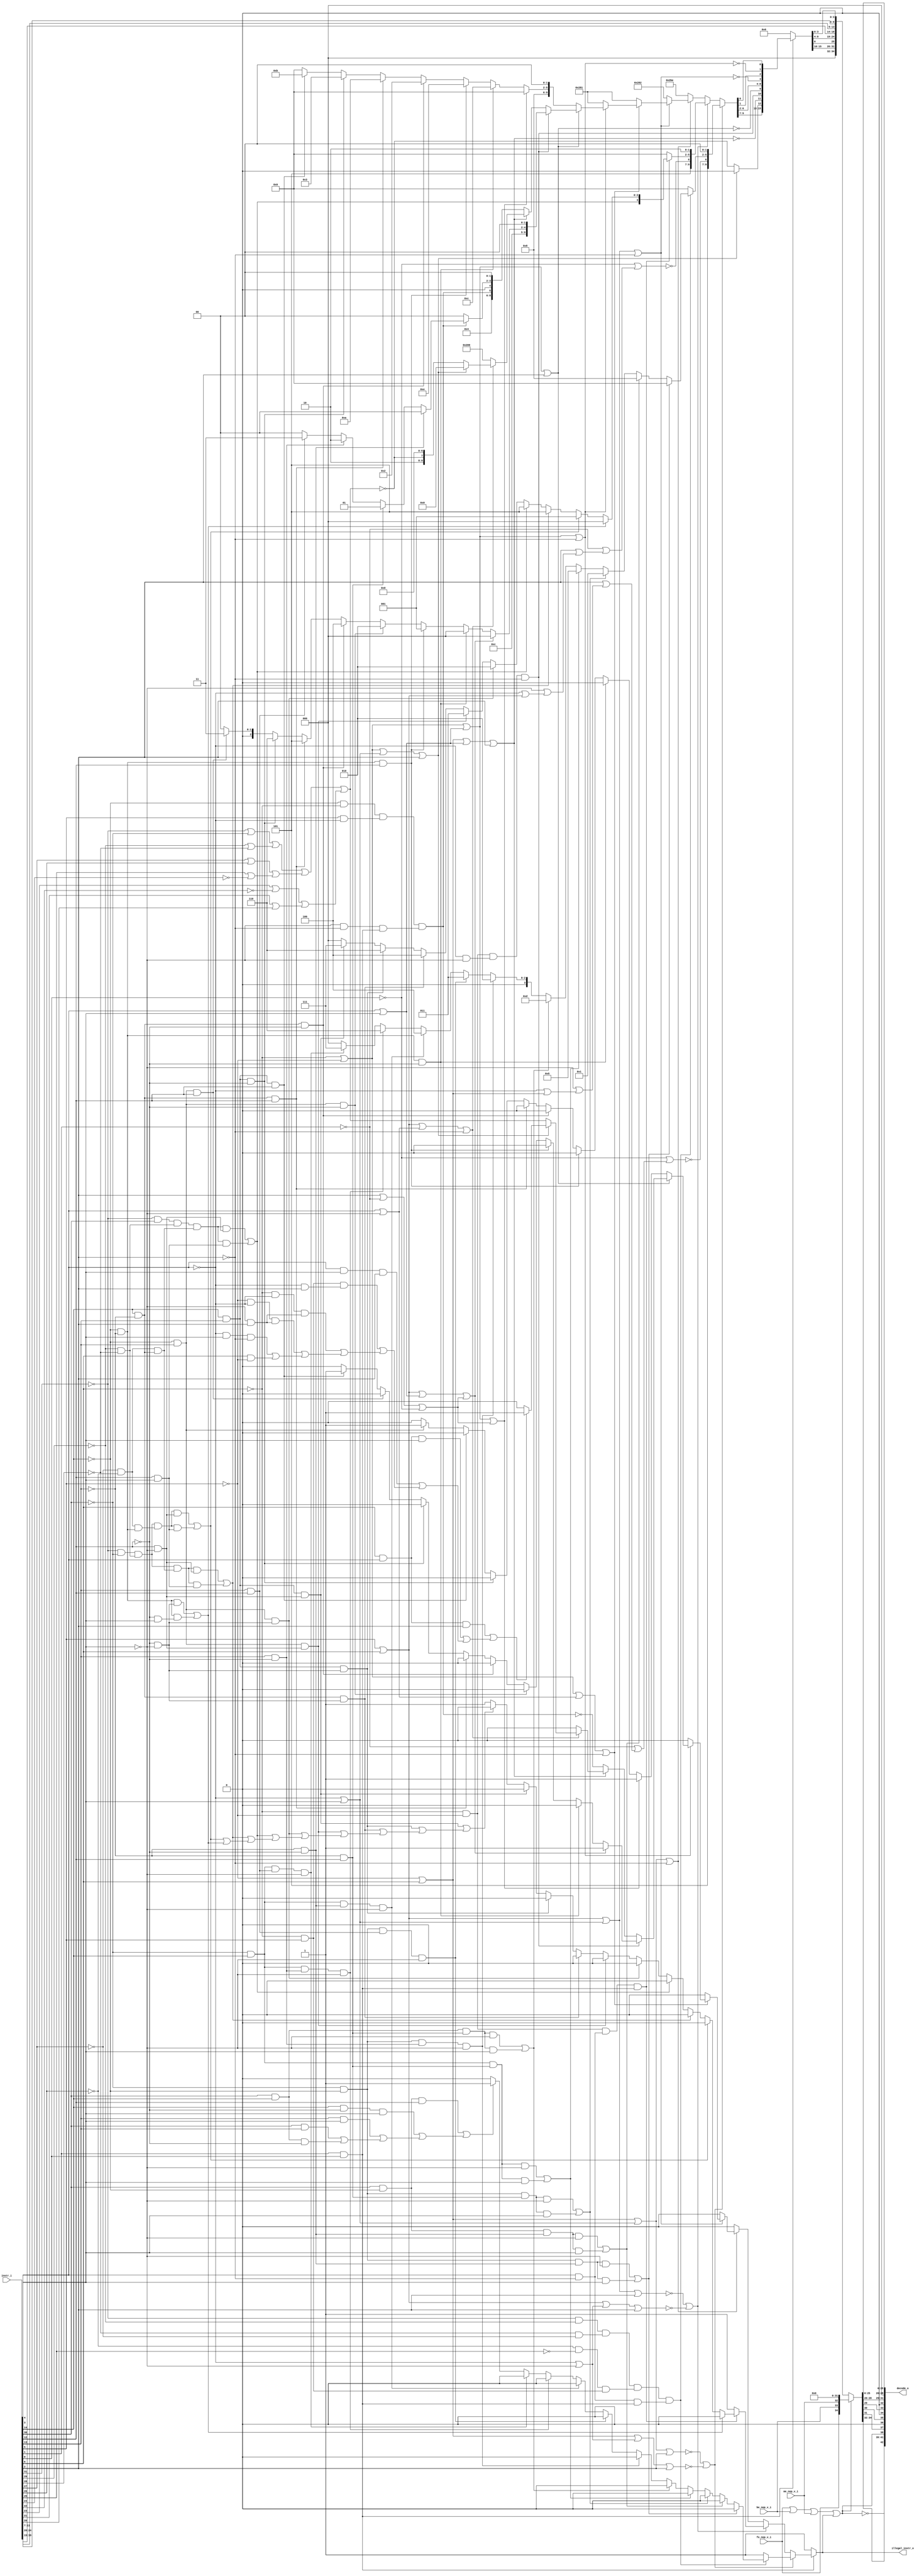
// This program was cloned from: https://github.com/NYU-MLDA/OpenABC
// License: BSD 3-Clause "New" or "Revised" License

module bp_be_instr_decoder
(
  instr_i,
  fe_nop_v_i,
  be_nop_v_i,
  me_nop_v_i,
  decode_o,
  illegal_instr_o
);

  input [31:0] instr_i;
  output [42:0] decode_o;
  input fe_nop_v_i;
  input be_nop_v_i;
  input me_nop_v_i;
  output illegal_instr_o;
  wire [42:0] decode_o;
  wire illegal_instr_o,N0,N1,N2,N3,N4,N5,N6,N7,N8,N9,N10,N11,N12,N13,N14,N15,N16,N17,
  N18,N19,N20,N21,N22,N23,N24,N25,N26,N27,N28,N29,N30,N31,N32,N33,N34,N35,N36,N37,
  N38,N39,N40,N41,N42,N43,N44,N45,N46,N47,N48,N49,N50,N51,N52,N53,N54,N55,N56,N57,
  N58,N59,N60,N61,N62,N63,N64,N65,N66,N67,N68,N69,N70,N71,N72,N73,N74,N75,N76,N77,
  N78,N79,N80,N81,N82,N83,N84,N85,N86,N87,N88,N89,N90,N91,N92,N93,N94,N95,N96,N97,
  N98,N99,N100,N101,N102,N103,N104,N105,N106,N107,N108,N109,N110,N111,N112,N113,
  N114,N115,N116,N117,N118,N119,N120,N121,N122,N123,N124,N125,N126,N127,N128,N129,
  N130,N131,N132,N133,N134,N135,N136,N137,N138,N139,N140,N141,N142,N143,N144,N145,
  N146,N147,N148,N149,N150,N151,N152,N153,N154,N155,N156,N157,N158,N159,N160,N161,
  N162,N163,N164,N165,N166,N167,N168,N169,N170,N171,N172,N173,N174,N175,N176,N177,
  N178,N179,N180,N181,N182,N183,N184,N185,N186,N187,N188,N189,N190,N191,N192,N193,
  N194,N195,N196,N197,N198,N199,N200,N201,N202,N203,N204,N205,N206,N207,N208,N209,
  N210,N211,N212,N213,N214,N215,N216,N217,N218,N219,N220,N221,N222,N223,N224,N225,
  N226,N227,N228,N229,N230,N231,N232,N233,N234,N235,N236,N237,N238,N239,N240,N241,
  N242,N243,N244,N245,N246,N247,N248,N249,N250,N251,N252,N253,N254,N255,N256,N257,
  N258,N259,N260,N261,N262,N263,N264,N265,N266,N267,N268,N269,N270,N271,N272,N273,
  N274,N275,N276,N277,N278,N279,N280,N281,N282,N283,N284,N285,N286,N287,N288,N289,
  N290,N291,N292,N293,N294,N295,N296,N297,N298,N299,N300,N301,N302,N303,N304,N305,
  N306,N307,N308,N309,N310,N311,N312,N313,N314,N315,N316,N317,N318,N319,N320,N321,
  N322,N323,N324,N325,N326,N327,N328,N329,N330,N331,N332,N333,N334,N335,N336,N337,
  N338,N339,N340,N341,N342,N343,N344,N345,N346,N347,N348,N349,N350,N351,N352,N353,
  N354,N355,N356,N357,N358,N359,N360,N361,N362,N363,N364,N365,N366,N367,N368,N369,
  N370,N371,N372;
  assign decode_o[26] = 1'b0;
  assign decode_o[27] = 1'b0;
  assign decode_o[28] = 1'b0;
  assign decode_o[32] = 1'b0;
  assign decode_o[34] = 1'b0;
  assign decode_o[36] = 1'b0;
  assign N54 = instr_i[1] & instr_i[0];
  assign N56 = instr_i[6] | N339;
  assign N57 = N340 | instr_i[3];
  assign N58 = N56 | N57;
  assign N59 = N58 | instr_i[2];
  assign N60 = N340 | N341;
  assign N61 = N56 | N60;
  assign N62 = N61 | instr_i[2];
  assign N64 = instr_i[6] | instr_i[5];
  assign N65 = N64 | N57;
  assign N66 = N65 | instr_i[2];
  assign N67 = N64 | N60;
  assign N68 = N67 | instr_i[2];
  assign N70 = N58 | N86;
  assign N72 = N65 | N86;
  assign N74 = N85 | N339;
  assign N75 = instr_i[4] | N341;
  assign N76 = N74 | N75;
  assign N77 = N76 | N86;
  assign N79 = instr_i[4] | instr_i[3];
  assign N80 = N74 | N79;
  assign N81 = N80 | N86;
  assign N83 = N80 | instr_i[2];
  assign N87 = N85 & N339;
  assign N88 = N340 & N341;
  assign N89 = N87 & N88;
  assign N90 = N89 & N86;
  assign N91 = N56 | N79;
  assign N92 = N91 | instr_i[2];
  assign N94 = N64 | N75;
  assign N95 = N94 | N86;
  assign N97 = N74 | N57;
  assign N98 = N97 | instr_i[2];
  assign N100 = instr_i[6] & instr_i[4];
  assign N101 = N100 & instr_i[2];
  assign N102 = N100 & instr_i[3];
  assign N103 = instr_i[4] & instr_i[3];
  assign N104 = N103 & instr_i[2];
  assign N105 = N85 & instr_i[5];
  assign N106 = N340 & instr_i[2];
  assign N107 = N105 & N106;
  assign N108 = N85 & N340;
  assign N109 = N341 & instr_i[2];
  assign N110 = N108 & N109;
  assign N111 = N339 & N340;
  assign N112 = N111 & N109;
  assign N113 = N340 & instr_i[3];
  assign N114 = N113 & N86;
  assign N115 = instr_i[6] & N339;
  assign N123 = N117 & N118;
  assign N124 = N119 & N120;
  assign N125 = N121 & N122;
  assign N126 = instr_i[4] & N86;
  assign N127 = N123 & N124;
  assign N128 = N125 & N105;
  assign N129 = N126 & N54;
  assign N130 = N127 & N128;
  assign N131 = N130 & N129;
  assign N133 = N154 & N285;
  assign N134 = N133 & N341;
  assign N135 = N133 & instr_i[3];
  assign N137 = N166 & N285;
  assign N138 = N137 & N341;
  assign N139 = N137 & instr_i[3];
  assign N141 = N154 & N286;
  assign N142 = N141 & N341;
  assign N143 = N141 & instr_i[3];
  assign N145 = N159 & N286;
  assign N146 = N145 & N341;
  assign N147 = N145 & instr_i[3];
  assign N149 = N172 & N286;
  assign N150 = N149 & N341;
  assign N151 = N149 & instr_i[3];
  assign N154 = N153 & N251;
  assign N155 = N154 & N287;
  assign N156 = N155 & N341;
  assign N157 = N154 & N288;
  assign N158 = N157 & N341;
  assign N159 = N153 & instr_i[14];
  assign N160 = N159 & N285;
  assign N161 = N160 & N341;
  assign N162 = N159 & N287;
  assign N163 = N162 & N341;
  assign N164 = N159 & N288;
  assign N165 = N164 & N341;
  assign N166 = instr_i[30] & N251;
  assign N167 = N166 & instr_i[12];
  assign N168 = instr_i[14] & N284;
  assign N169 = N168 & instr_i[3];
  assign N170 = instr_i[13] & instr_i[3];
  assign N171 = instr_i[30] & instr_i[13];
  assign N172 = instr_i[30] & instr_i[14];
  assign N173 = N172 & N284;
  assign N185 = N87 & N126;
  assign N186 = N185 & N54;
  assign N188 = N242 & N216;
  assign N189 = N284 & instr_i[3];
  assign N190 = N242 & N189;
  assign N192 = N205 & N242;
  assign N193 = N198 & N192;
  assign N194 = N193 & N218;
  assign N195 = N193 & N210;
  assign N197 = N117 & N153;
  assign N198 = N197 & N204;
  assign N199 = N198 & N207;
  assign N200 = N199 & N218;
  assign N201 = N199 & N210;
  assign N203 = N117 & instr_i[30];
  assign N204 = N118 & N119;
  assign N205 = N120 & N121;
  assign N206 = N203 & N204;
  assign N207 = N205 & N245;
  assign N208 = N206 & N207;
  assign N209 = N208 & N218;
  assign N210 = instr_i[12] & instr_i[3];
  assign N211 = N208 & N210;
  assign N213 = N252 & N216;
  assign N214 = N252 & N218;
  assign N215 = N245 & N216;
  assign N216 = N284 & N341;
  assign N217 = N248 & N216;
  assign N218 = instr_i[12] & N341;
  assign N219 = N248 & N218;
  assign N238 = instr_i[2] | N342;
  assign N239 = N238 | N343;
  assign N240 = N80 | N239;
  assign N242 = N251 & N283;
  assign N243 = N242 & N284;
  assign N244 = N242 & instr_i[12];
  assign N245 = instr_i[14] & N283;
  assign N246 = N245 & N284;
  assign N247 = N245 & instr_i[12];
  assign N248 = instr_i[14] & instr_i[13];
  assign N249 = N248 & N284;
  assign N250 = N248 & instr_i[12];
  assign N252 = N251 & instr_i[13];
  assign N263 = N64 | N79;
  assign N264 = N263 | N239;
  assign N266 = N252 & N284;
  assign N267 = N252 & instr_i[12];
  assign N276 = N251 & N85;
  assign N277 = instr_i[5] & N340;
  assign N278 = N341 & N86;
  assign N279 = N276 & N277;
  assign N280 = N278 & N54;
  assign N281 = N279 & N280;
  assign N285 = N283 & N284;
  assign N286 = N283 & instr_i[12];
  assign N287 = instr_i[13] & N284;
  assign N288 = instr_i[13] & instr_i[12];
  assign N296 = N117 | N153;
  assign N297 = N118 | N119;
  assign N298 = instr_i[27] | instr_i[26];
  assign N299 = instr_i[25] | N294;
  assign N300 = instr_i[23] | N295;
  assign N301 = instr_i[21] | instr_i[20];
  assign N302 = N296 | N297;
  assign N303 = N298 | N299;
  assign N304 = N300 | N301;
  assign N305 = N302 | N303;
  assign N306 = N305 | N304;
  assign N339 = ~instr_i[5];
  assign N340 = ~instr_i[4];
  assign N341 = ~instr_i[3];
  assign N342 = ~instr_i[1];
  assign N343 = ~instr_i[0];
  assign N344 = N339 | instr_i[6];
  assign N345 = N340 | N344;
  assign N346 = N341 | N345;
  assign N347 = instr_i[2] | N346;
  assign N348 = N342 | N347;
  assign N349 = N343 | N348;
  assign N350 = ~N349;
  assign N351 = instr_i[5] | instr_i[6];
  assign N352 = N340 | N351;
  assign N353 = N341 | N352;
  assign N354 = instr_i[2] | N353;
  assign N355 = N342 | N354;
  assign N356 = N343 | N355;
  assign N357 = ~N356;
  assign { N178, N177, N176, N175 } = (N0)? { 1'b0, 1'b0, 1'b0, 1'b0 } :
                                      (N1)? { 1'b1, 1'b0, 1'b0, 1'b0 } :
                                      (N2)? { 1'b0, 1'b0, 1'b0, 1'b1 } :
                                      (N3)? { 1'b0, 1'b1, 1'b0, 1'b1 } :
                                      (N4)? { 1'b1, 1'b1, 1'b0, 1'b1 } :
                                      (N5)? { 1'b0, 1'b0, 1'b1, 1'b0 } :
                                      (N6)? { 1'b0, 1'b0, 1'b1, 1'b1 } :
                                      (N7)? { 1'b0, 1'b1, 1'b0, 1'b0 } :
                                      (N8)? { 1'b0, 1'b1, 1'b1, 1'b0 } :
                                      (N9)? { 1'b0, 1'b1, 1'b1, 1'b1 } :
                                      (N10)? { 1'b0, 1'b0, 1'b0, 1'b0 } : 1'b0;
  assign N0 = N136;
  assign N1 = N140;
  assign N2 = N144;
  assign N3 = N148;
  assign N4 = N152;
  assign N5 = N156;
  assign N6 = N158;
  assign N7 = N161;
  assign N8 = N163;
  assign N9 = N165;
  assign N10 = N174;
  assign N179 = (N0)? 1'b0 :
                (N1)? 1'b0 :
                (N2)? 1'b0 :
                (N3)? 1'b0 :
                (N4)? 1'b0 :
                (N5)? 1'b0 :
                (N6)? 1'b0 :
                (N7)? 1'b0 :
                (N8)? 1'b0 :
                (N9)? 1'b0 :
                (N10)? 1'b1 : 1'b0;
  assign { N183, N182, N181, N180 } = (N11)? { N178, N177, N176, N175 } :
                                      (N132)? { 1'b0, 1'b0, 1'b0, 1'b0 } : 1'b0;
  assign N11 = N131;
  assign N184 = (N11)? N179 :
                (N132)? 1'b1 : 1'b0;
  assign { N231, N230, N229 } = (N12)? { 1'b0, 1'b0, 1'b0 } :
                                (N13)? { 1'b0, 1'b0, 1'b1 } :
                                (N14)? { 1'b1, 1'b0, 1'b1 } :
                                (N15)? { 1'b1, 1'b0, 1'b1 } :
                                (N16)? { 1'b0, 1'b1, 1'b0 } :
                                (N17)? { 1'b0, 1'b1, 1'b1 } :
                                (N18)? { 1'b1, 1'b0, 1'b0 } :
                                (N19)? { 1'b1, 1'b1, 1'b0 } :
                                (N20)? { 1'b1, 1'b1, 1'b1 } :
                                (N228)? { 1'b0, 1'b0, 1'b0 } : 1'b0;
  assign N12 = N191;
  assign N13 = N196;
  assign N14 = N202;
  assign N15 = N212;
  assign N16 = N213;
  assign N17 = N214;
  assign N18 = N215;
  assign N19 = N217;
  assign N20 = N219;
  assign N232 = (N12)? 1'b0 :
                (N13)? 1'b0 :
                (N14)? 1'b0 :
                (N15)? 1'b0 :
                (N16)? 1'b0 :
                (N17)? 1'b0 :
                (N18)? 1'b0 :
                (N19)? 1'b0 :
                (N20)? 1'b0 :
                (N228)? 1'b1 : 1'b0;
  assign { N236, N235, N234, N233 } = (N21)? { N212, N231, N230, N229 } :
                                      (N187)? { 1'b0, 1'b0, 1'b0, 1'b0 } : 1'b0;
  assign N21 = N186;
  assign N237 = (N21)? N232 :
                (N187)? 1'b1 : 1'b0;
  assign { N256, N255, N254, N253 } = (N22)? { 1'b1, 1'b1, 1'b0, 1'b0 } :
                                      (N23)? { 1'b1, 1'b1, 1'b1, 1'b0 } :
                                      (N24)? { 1'b0, 1'b0, 1'b1, 1'b0 } :
                                      (N25)? { 1'b1, 1'b0, 1'b1, 1'b0 } :
                                      (N26)? { 1'b0, 1'b0, 1'b1, 1'b1 } :
                                      (N27)? { 1'b1, 1'b0, 1'b1, 1'b1 } :
                                      (N28)? { 1'b0, 1'b0, 1'b0, 1'b0 } : 1'b0;
  assign N22 = N243;
  assign N23 = N244;
  assign N24 = N246;
  assign N25 = N247;
  assign N26 = N249;
  assign N27 = N250;
  assign N28 = N252;
  assign N257 = (N22)? 1'b0 :
                (N23)? 1'b0 :
                (N24)? 1'b0 :
                (N25)? 1'b0 :
                (N26)? 1'b0 :
                (N27)? 1'b0 :
                (N28)? 1'b1 : 1'b0;
  assign { N261, N260, N259, N258 } = (N29)? { N256, N255, N254, N253 } :
                                      (N30)? { 1'b0, 1'b0, 1'b0, 1'b0 } : 1'b0;
  assign N29 = N241;
  assign N30 = N240;
  assign N262 = (N29)? N257 :
                (N30)? 1'b1 : 1'b0;
  assign { N270, N269, N268 } = (N22)? { 1'b0, 1'b0, 1'b0 } :
                                (N23)? { 1'b0, 1'b0, 1'b1 } :
                                (N31)? { 1'b0, 1'b1, 1'b0 } :
                                (N24)? { 1'b1, 1'b0, 1'b0 } :
                                (N25)? { 1'b1, 1'b0, 1'b1 } :
                                (N26)? { 1'b1, 1'b1, 1'b0 } :
                                (N32)? { 1'b0, 1'b1, 1'b1 } :
                                (N27)? { 1'b0, 1'b0, 1'b0 } : 1'b0;
  assign N31 = N266;
  assign N32 = N267;
  assign N271 = (N22)? 1'b0 :
                (N23)? 1'b0 :
                (N31)? 1'b0 :
                (N24)? 1'b0 :
                (N25)? 1'b0 :
                (N26)? 1'b0 :
                (N32)? 1'b0 :
                (N27)? 1'b1 : 1'b0;
  assign { N274, N273, N272 } = (N33)? { N270, N269, N268 } :
                                (N34)? { 1'b0, 1'b0, 1'b0 } : 1'b0;
  assign N33 = N265;
  assign N34 = N264;
  assign N275 = (N33)? N271 :
                (N34)? 1'b1 : 1'b0;
  assign { N290, N289 } = (N35)? { 1'b0, 1'b0 } :
                          (N36)? { 1'b0, 1'b1 } :
                          (N37)? { 1'b1, 1'b0 } :
                          (N38)? { 1'b1, 1'b1 } : 1'b0;
  assign N35 = N285;
  assign N36 = N286;
  assign N37 = N287;
  assign N38 = N288;
  assign { N292, N291 } = (N39)? { N290, N289 } :
                          (N282)? { 1'b0, 1'b0 } : 1'b0;
  assign N39 = N281;
  assign N293 = ~N281;
  assign { N319, N318, N317, N314, N313, N312, N311, N310, N309, N308 } = (N40)? { 1'b1, 1'b0, 1'b1, N350, N183, N182, N181, N180, 1'b0, 1'b0 } :
                                                                          (N41)? { 1'b1, 1'b0, 1'b1, N357, N236, N235, N234, N233, 1'b1, 1'b0 } :
                                                                          (N42)? { 1'b1, 1'b0, 1'b1, 1'b0, 1'b1, 1'b1, 1'b1, 1'b1, 1'b1, 1'b0 } :
                                                                          (N43)? { 1'b1, 1'b0, 1'b1, 1'b0, 1'b0, 1'b0, 1'b0, 1'b0, 1'b1, 1'b0 } :
                                                                          (N44)? { 1'b1, 1'b0, 1'b1, 1'b0, 1'b0, 1'b0, 1'b0, 1'b0, 1'b0, 1'b1 } :
                                                                          (N45)? { 1'b1, 1'b0, 1'b1, 1'b0, 1'b0, 1'b0, 1'b0, 1'b0, 1'b0, 1'b1 } :
                                                                          (N46)? { 1'b1, 1'b0, 1'b0, 1'b0, N261, N260, N259, N258, 1'b0, 1'b0 } :
                                                                          (N47)? { 1'b0, 1'b1, 1'b1, 1'b0, 1'b0, N274, N273, N272, 1'b0, 1'b0 } :
                                                                          (N48)? { 1'b0, 1'b1, 1'b0, 1'b0, N281, 1'b0, N292, N291, 1'b0, 1'b0 } :
                                                                          (N49)? { 1'b1, 1'b0, 1'b0, 1'b0, 1'b0, 1'b0, 1'b0, 1'b0, 1'b0, 1'b0 } :
                                                                          (N50)? { 1'b1, 1'b0, N307, 1'b0, 1'b0, 1'b0, 1'b0, 1'b0, 1'b0, 1'b0 } :
                                                                          (N51)? { 1'b0, 1'b0, 1'b0, 1'b0, 1'b0, 1'b0, 1'b0, 1'b0, 1'b0, 1'b0 } : 1'b0;
  assign N40 = N63;
  assign N41 = N69;
  assign N42 = N71;
  assign N43 = N73;
  assign N44 = N78;
  assign N45 = N82;
  assign N46 = N84;
  assign N47 = N90;
  assign N48 = N93;
  assign N49 = N96;
  assign N50 = N99;
  assign N51 = N116;
  assign N316 = (N50)? N307 :
                (N315)? 1'b0 : 1'b0;
  assign N320 = (N40)? N184 :
                (N41)? N237 :
                (N42)? 1'b0 :
                (N43)? 1'b0 :
                (N44)? 1'b0 :
                (N45)? 1'b0 :
                (N46)? N262 :
                (N47)? N275 :
                (N48)? N293 :
                (N49)? 1'b0 :
                (N50)? N306 :
                (N51)? 1'b1 : 1'b0;
  assign { N336, N335, N334, N333, N332, N331, N330, N329, N328, N327, N326, N325, N324, N323, N322, N321 } = (N52)? { N319, N318, N317, N316, N93, N90, N84, N314, N313, N312, N311, N310, N73, N309, N82, N308 } :
                                                                                                              (N55)? { 1'b0, 1'b0, 1'b0, 1'b0, 1'b0, 1'b0, 1'b0, 1'b0, 1'b0, 1'b0, 1'b0, 1'b0, 1'b0, 1'b0, 1'b0, 1'b0 } : 1'b0;
  assign N52 = N54;
  assign illegal_instr_o = (N52)? N320 :
                           (N55)? 1'b1 : 1'b0;
  assign decode_o[42] = ~decode_o[38];
  assign { decode_o[41:39], decode_o[37:37], decode_o[35:35], decode_o[33:33], decode_o[31:29], decode_o[25:0] } = (N53)? { fe_nop_v_i, be_nop_v_i, me_nop_v_i, 1'b0, 1'b0, 1'b0, 1'b0, 1'b0, 1'b0, 1'b0, 1'b0, 1'b0, 1'b0, 1'b0, 1'b0, 1'b0, 1'b0, 1'b0, 1'b0, 1'b0, 1'b0, 1'b0, 1'b0, 1'b0, 1'b0, 1'b0, 1'b0, 1'b0, 1'b0, 1'b0, 1'b0, 1'b0, 1'b0, 1'b0, 1'b0 } :
                                                                                                                   (N338)? { 1'b0, 1'b0, 1'b0, N336, N335, N334, N333, N332, N331, N321, N330, N329, N328, N327, N326, N325, instr_i[19:15], instr_i[24:20], instr_i[11:7], N324, N323, N322, N321 } : 1'b0;
  assign N53 = decode_o[38];
  assign N55 = ~N54;
  assign N63 = N358 | N359;
  assign N358 = ~N59;
  assign N359 = ~N62;
  assign N69 = N360 | N361;
  assign N360 = ~N66;
  assign N361 = ~N68;
  assign N71 = ~N70;
  assign N73 = ~N72;
  assign N78 = ~N77;
  assign N82 = ~N81;
  assign N84 = ~N83;
  assign N85 = ~instr_i[6];
  assign N86 = ~instr_i[2];
  assign N93 = ~N92;
  assign N96 = ~N95;
  assign N99 = ~N98;
  assign N116 = N101 | N367;
  assign N367 = N102 | N366;
  assign N366 = N104 | N365;
  assign N365 = N107 | N364;
  assign N364 = N110 | N363;
  assign N363 = N112 | N362;
  assign N362 = N114 | N115;
  assign N117 = ~instr_i[31];
  assign N118 = ~instr_i[29];
  assign N119 = ~instr_i[28];
  assign N120 = ~instr_i[27];
  assign N121 = ~instr_i[26];
  assign N122 = ~instr_i[25];
  assign N132 = ~N131;
  assign N136 = N134 | N135;
  assign N140 = N138 | N139;
  assign N144 = N142 | N143;
  assign N148 = N146 | N147;
  assign N152 = N150 | N151;
  assign N153 = ~instr_i[30];
  assign N174 = N167 | N370;
  assign N370 = N169 | N369;
  assign N369 = N170 | N368;
  assign N368 = N171 | N173;
  assign N187 = ~N186;
  assign N191 = N188 | N190;
  assign N196 = N194 | N195;
  assign N202 = N200 | N201;
  assign N212 = N209 | N211;
  assign N220 = N196 | N191;
  assign N221 = N202 | N220;
  assign N222 = N212 | N221;
  assign N223 = N213 | N222;
  assign N224 = N214 | N223;
  assign N225 = N215 | N224;
  assign N226 = N217 | N225;
  assign N227 = N219 | N226;
  assign N228 = ~N227;
  assign N241 = ~N240;
  assign N251 = ~instr_i[14];
  assign N265 = ~N264;
  assign N282 = ~N281;
  assign N283 = ~instr_i[13];
  assign N284 = ~instr_i[12];
  assign N294 = ~instr_i[24];
  assign N295 = ~instr_i[22];
  assign N307 = ~N306;
  assign N315 = N98;
  assign N337 = N372 | illegal_instr_o;
  assign N372 = N371 | me_nop_v_i;
  assign N371 = fe_nop_v_i | be_nop_v_i;
  assign decode_o[38] = N337;
  assign N338 = ~decode_o[38];

endmodule